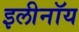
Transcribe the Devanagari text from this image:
इलीनॉय